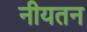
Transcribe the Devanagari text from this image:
नीयतन